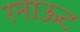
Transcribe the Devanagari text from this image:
रनाऊट